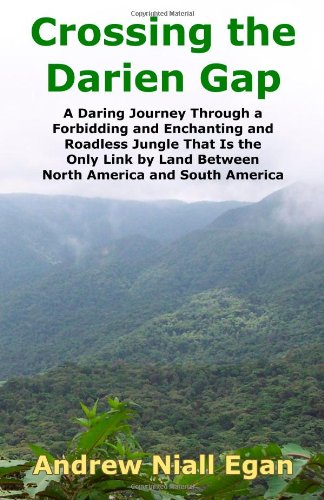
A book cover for Crossing the Darien Gap: A Daring Journey Through a Forbidding and Enchanting and Roadless Jungle That Is the Only Link by Land Between North America and South America; Andrew Niall Egan; Travel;